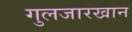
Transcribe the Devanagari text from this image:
गुलजारखान